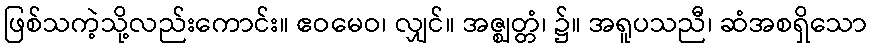
ဖြစ်သကဲ့သို့လည်းကောင်း။ ဧဝမေဝ၊ လျှင်။ အဇ္ဈတ္တံ၊ ၌။ အရူပသညီ၊ ဆံအစရှိသော